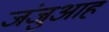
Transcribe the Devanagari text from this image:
जंजुआह